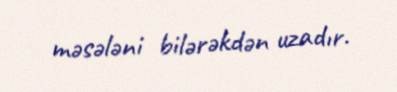
məsələni bilərəkdən uzadır.